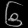
Digit: ၆